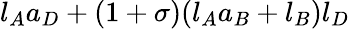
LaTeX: l_{A}a_{D}+(1+\sigma)(l_{A}a_{B}+l_{B})l_{D}